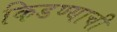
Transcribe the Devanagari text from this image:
किडण्याची